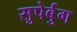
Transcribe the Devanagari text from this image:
सुपेर्बुग